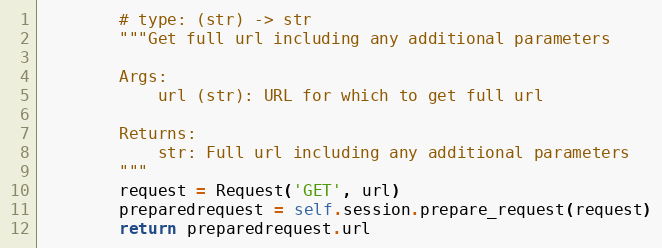
Language: Python
        # type: (str) -> str
        """Get full url including any additional parameters

        Args:
            url (str): URL for which to get full url

        Returns:
            str: Full url including any additional parameters
        """
        request = Request('GET', url)
        preparedrequest = self.session.prepare_request(request)
        return preparedrequest.url